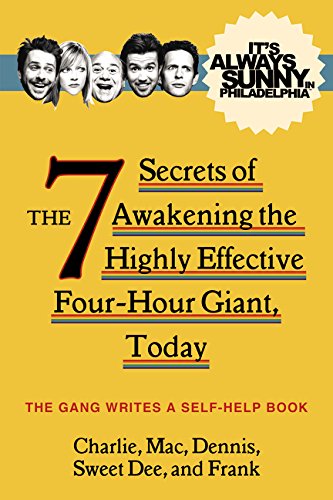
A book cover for It's Always Sunny in Philadelphia: The 7 Secrets of Awakening the Highly Effective Four-Hour Giant, Today; The Gang; Humor & Entertainment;